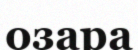
озара